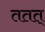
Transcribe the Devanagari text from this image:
ततत्‌